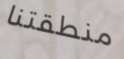
منطقتنا